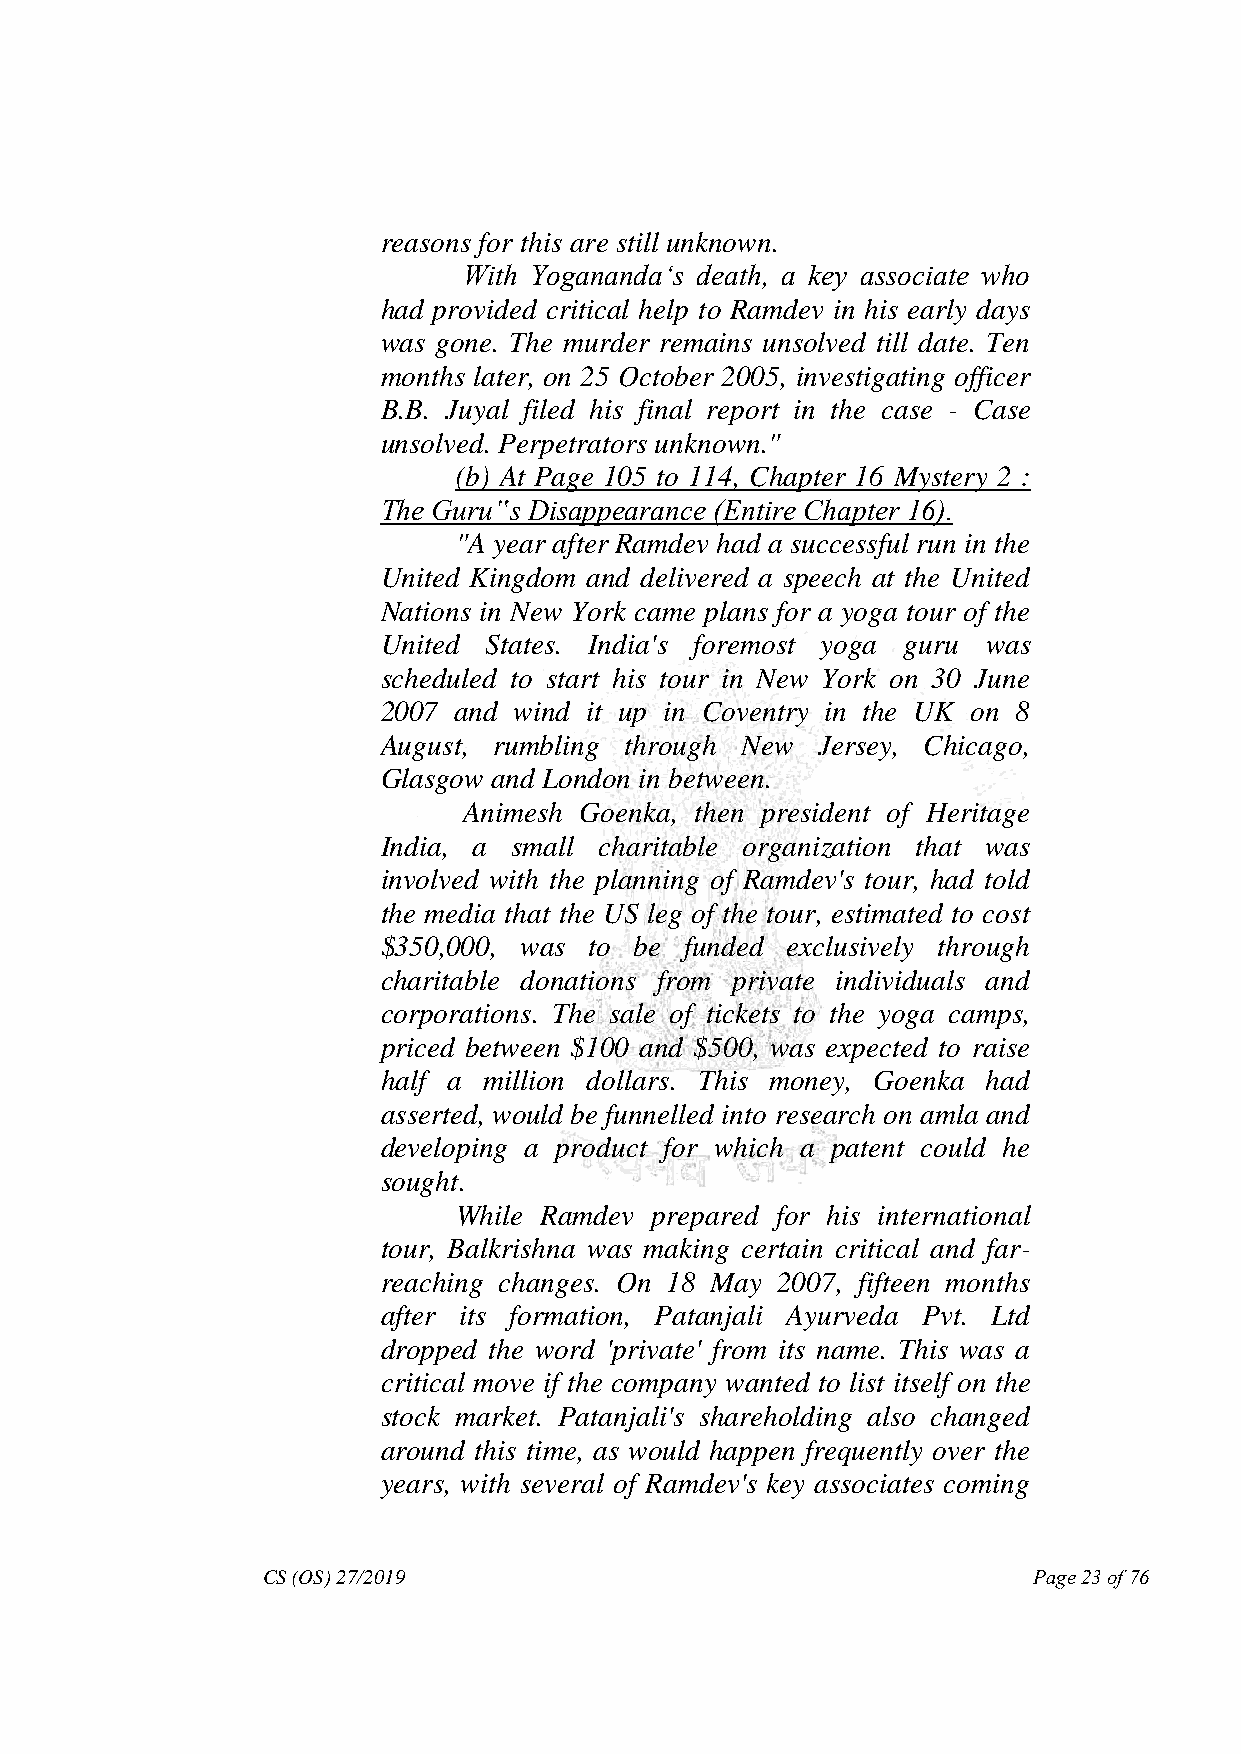
reasons for this are still unknown.
 With Yogananda‗s death, a key associate who
 had provided critical help to Ramdev in his early days
 was gone. The murder remains unsolved till date. Ten
 months later, on 25 October 2005, investigating officer
 B.B. Juyal filed his final report in the case - Case
 unsolved. Perpetrators unknown."
 (b) At Page 105 to 114, Chapter 16 Mystery 2 :
 The Guru‟s Disappearance (Entire Chapter 16).
 "A year after Ramdev had a successful run in the
 United Kingdom and delivered a speech at the United
 Nations in New York came plans for a yoga tour of the
 United States. India's foremost yoga guru was
 scheduled to start his tour in New York on 30 June
 2007 and wind it up in Coventry in the UK on 8
 August, rumbling through New Jersey, Chicago,
 Glasgow and London in between.
 Animesh Goenka, then president of Heritage
 India, a small charitable organization that was
 involved with the planning of Ramdev's tour, had told
 the media that the US leg of the tour, estimated to cost
 $350,000, was to be funded exclusively through
 charitable donations from private individuals and
 corporations. The sale of tickets to the yoga camps,
 priced between $100 and $500, was expected to raise
 half a million dollars. This money, Goenka had
 asserted, would be funnelled into research on amla and
 developing a product for which a patent could he
 sought.
 While Ramdev prepared for his international
 tour, Balkrishna was making certain critical and far-
 reaching changes. On 18 May 2007, fifteen months
 after its formation, Patanjali Ayurveda Pvt. Ltd
 dropped the word 'private' from its name. This was a
 critical move if the company wanted to list itself on the
 stock market. Patanjali's shareholding also changed
 around this time, as would happen frequently over the
 years, with several of Ramdev's key associates coming
 CS (OS) 27/2019                                    Page 23 of 76